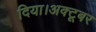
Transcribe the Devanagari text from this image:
दिया।अक्टूबर